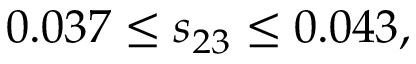
0 . 0 3 7 \leq s _ { 2 3 } \leq 0 . 0 4 3 ,